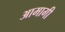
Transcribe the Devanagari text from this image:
आमागी